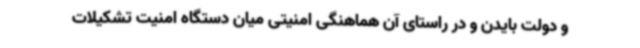
و دولت بایدن و در راستای آن هماهنگی امنیتی میان دستگاه امنیت تشکیلات